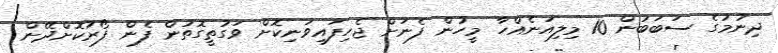
ދިނުމުގެ ސަބަބުން 10 މިލިއަނެއްހާ މީހުން ފެނަށް ޖެހިފައިވަނިކޮށް ވަގުތީގޮތުން ފެން ފޯރުކޮށްދޭން